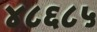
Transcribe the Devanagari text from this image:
४८६८५